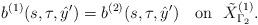
LaTeX: \begin{align*}b^{(1)}(s,\tau,\hat y')=b^{(2)}(s,\tau,\hat y')\ \ \ \mbox{on}\ \ \tilde X_{\Gamma_2}^{(1)}.\end{align*}